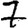
Digit: 7